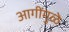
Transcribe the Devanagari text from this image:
आगींमुळे